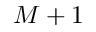
M + 1